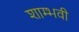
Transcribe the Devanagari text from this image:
शाम्भवी